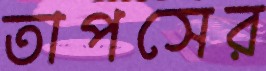
তাপসের